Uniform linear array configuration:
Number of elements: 32
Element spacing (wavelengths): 0.25
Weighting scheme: hann
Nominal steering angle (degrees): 0
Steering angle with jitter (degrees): -1.106
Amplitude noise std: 0.05
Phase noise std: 0.05

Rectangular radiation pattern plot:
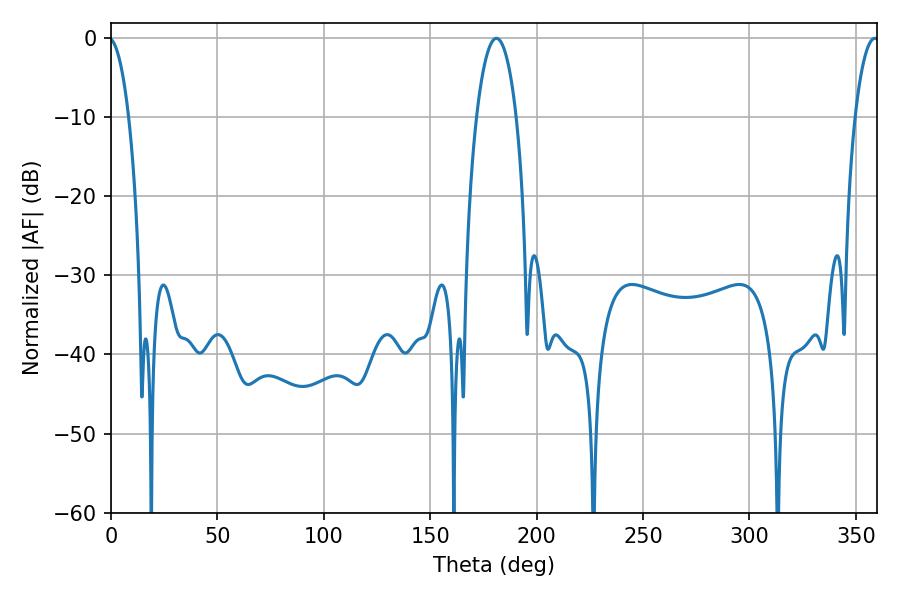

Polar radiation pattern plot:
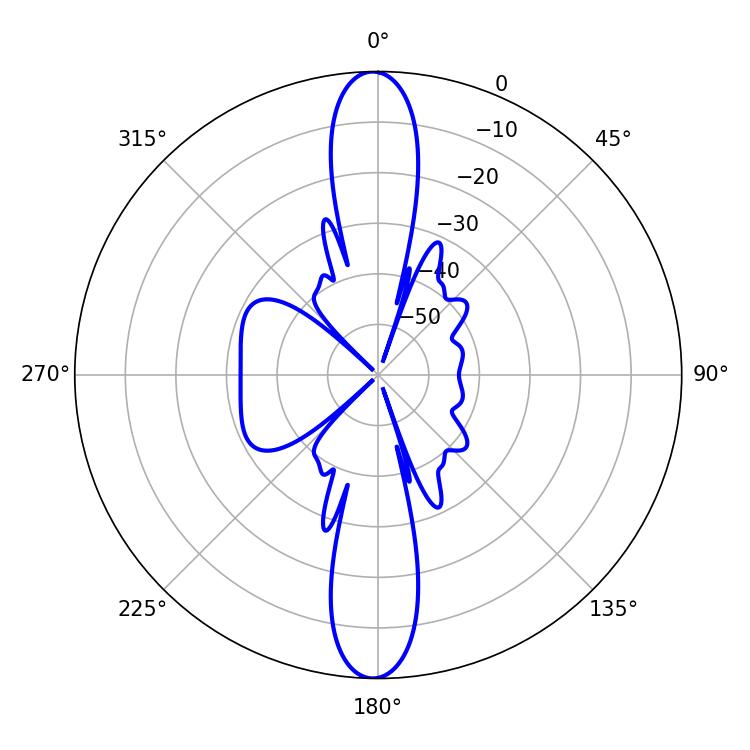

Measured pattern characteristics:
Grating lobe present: FALSE
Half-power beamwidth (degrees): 10.44
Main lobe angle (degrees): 181.08